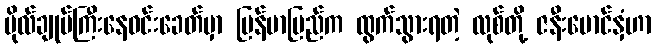
ဗိုလ်ချုပ်ကြီးနေဝင်းခေတ်မှာ မြန်မာပြည်က ထွက်သွားရတဲ့ လုစ်တို့ ဇနီးမောင်နှံဟာ